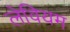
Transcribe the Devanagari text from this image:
लेवियम